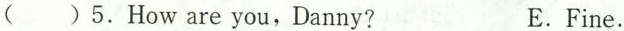
()5.How are you,Danny? E.Fine.